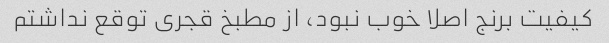
کیفیت برنج اصلا خوب نبود، از مطبخ قجری توقع نداشتم